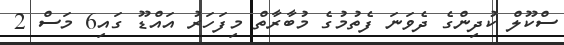
ސްކޫލް ކުދިންގެ ދެވަނަ ފެތުމުގެ މުބާރާތް މިފަހަރު އައްޑޫ ގައި6 މަސް 2